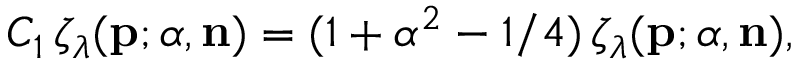
C _ { 1 } \, \zeta _ { \lambda } ( { \bf p } ; { \alpha } , { \bf n } ) = ( 1 + \alpha ^ { 2 } - 1 / 4 ) \, \zeta _ { \lambda } ( { \bf p } ; { \alpha } , { \bf n } ) ,